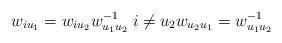
LaTeX: \begin{align*}w_{i u_1} = w_{i u_2} w_{u_1 u_2}^{-1} \; i \neq u_2 w_{u_2 u_1} = w_{u_1 u_2}^{-1}\end{align*}